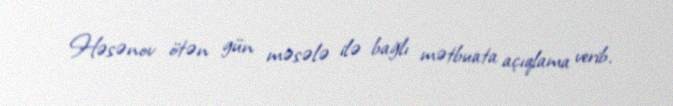
Həsənov ötən gün məsələ ilə bağlı mətbuata açıqlama verib.